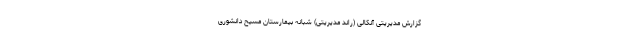
گزارش مدیریتی آنکالی (راند مدیریتی) شبانه بیمارستان مسیح دانشوری